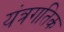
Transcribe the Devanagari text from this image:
यंत्रगतिक